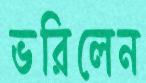
ভরিলেন